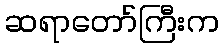
ဆရာတော်ကြီးက